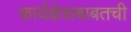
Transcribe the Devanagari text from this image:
कार्यक्षेत्राबाबतची